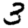
Digit: 3